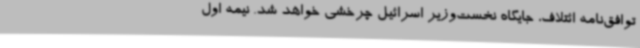
توافق‌نامه ائتلاف، جایگاه نخست‌وزیر اسرائیل چرخشی خواهد شد. نیمه اول